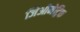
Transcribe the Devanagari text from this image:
जिओमेट्रिक